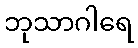
ဘုသာဂါရေ